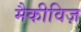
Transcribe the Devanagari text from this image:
मैकीविज़